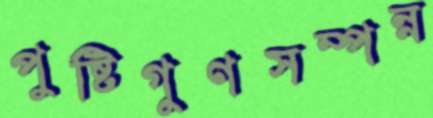
পুষ্টিগুণসম্পন্ন